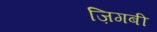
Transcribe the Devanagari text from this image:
ज़िगबी